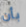
بأن